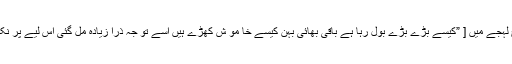
]اماں ذرا تلخ لہجے میں [ ”کیسے بڑے بڑے بول رہا ہے باقی بھائی بہن کیسے خا مو ش کھڑے ہیں اِسے تو جہ ذرا زیادہ مل گئی اِس لیے پر نکل آ ئے ہیں“۔